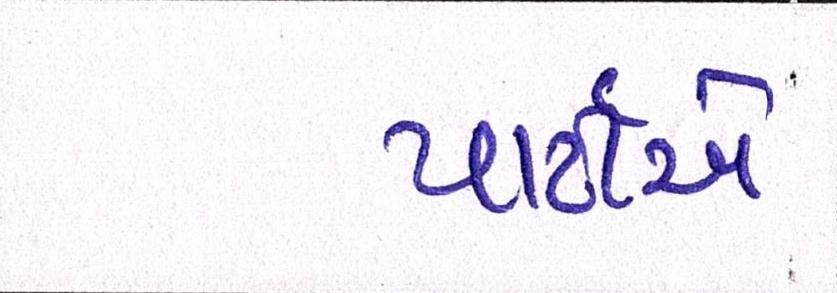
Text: પાર્ટીએ